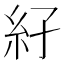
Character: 𥾌